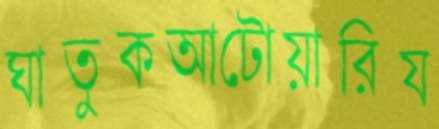
ঘাতুকআটোয়ারিয